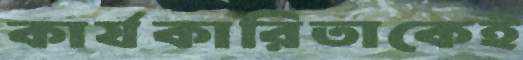
কার্যকারিতাকেই